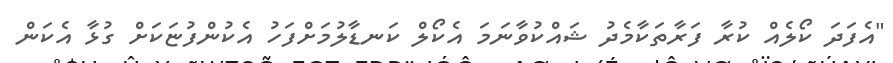
"އެފަދަ ކޯލެއް ކުރާ ފަރާތަކާމެދު ޝައްކުވާނަމަ އެކޯލް ކަނޑާލުމަށްފަހު އެކުންފުޏަކަށް ގުޅާ އެކަން